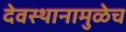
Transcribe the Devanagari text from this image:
देवस्थानामुळेच